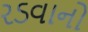
રડવાનો